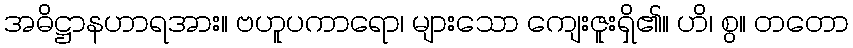
အဓိဋ္ဌာနဟာရအား။ ဗဟူပကာရော၊ များသော ကျေးဇူးရှိ၏။ ဟိ၊ စွ။ တတော